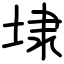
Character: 埭